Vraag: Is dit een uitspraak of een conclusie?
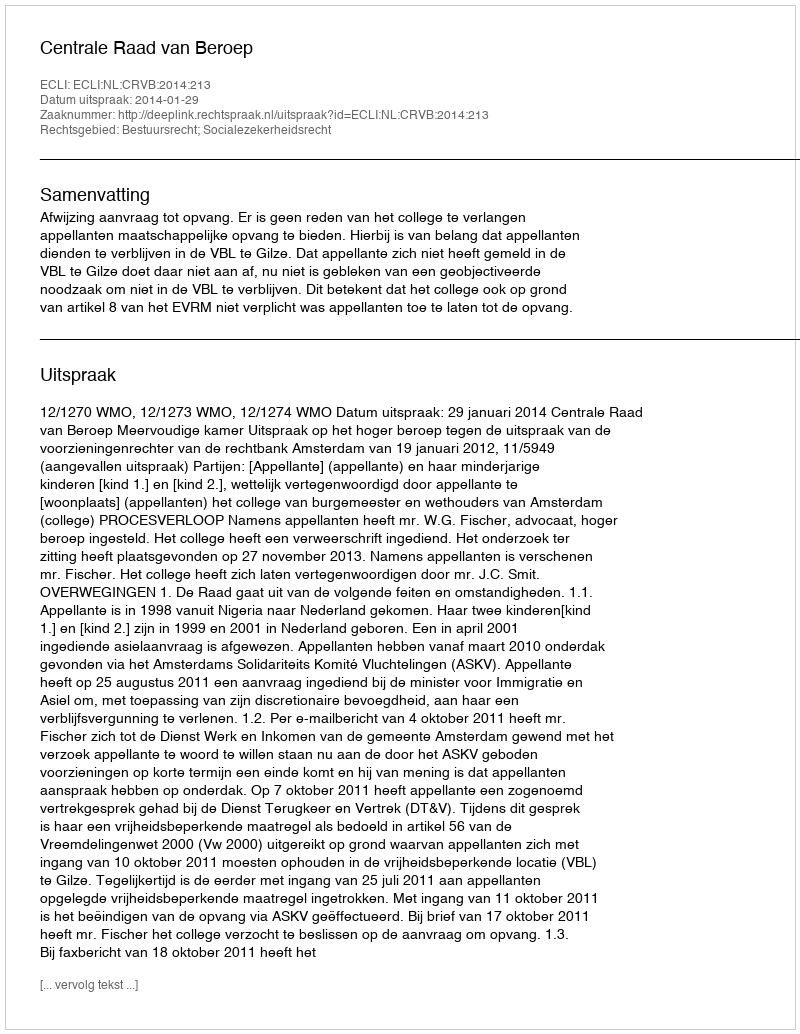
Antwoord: Uitspraak